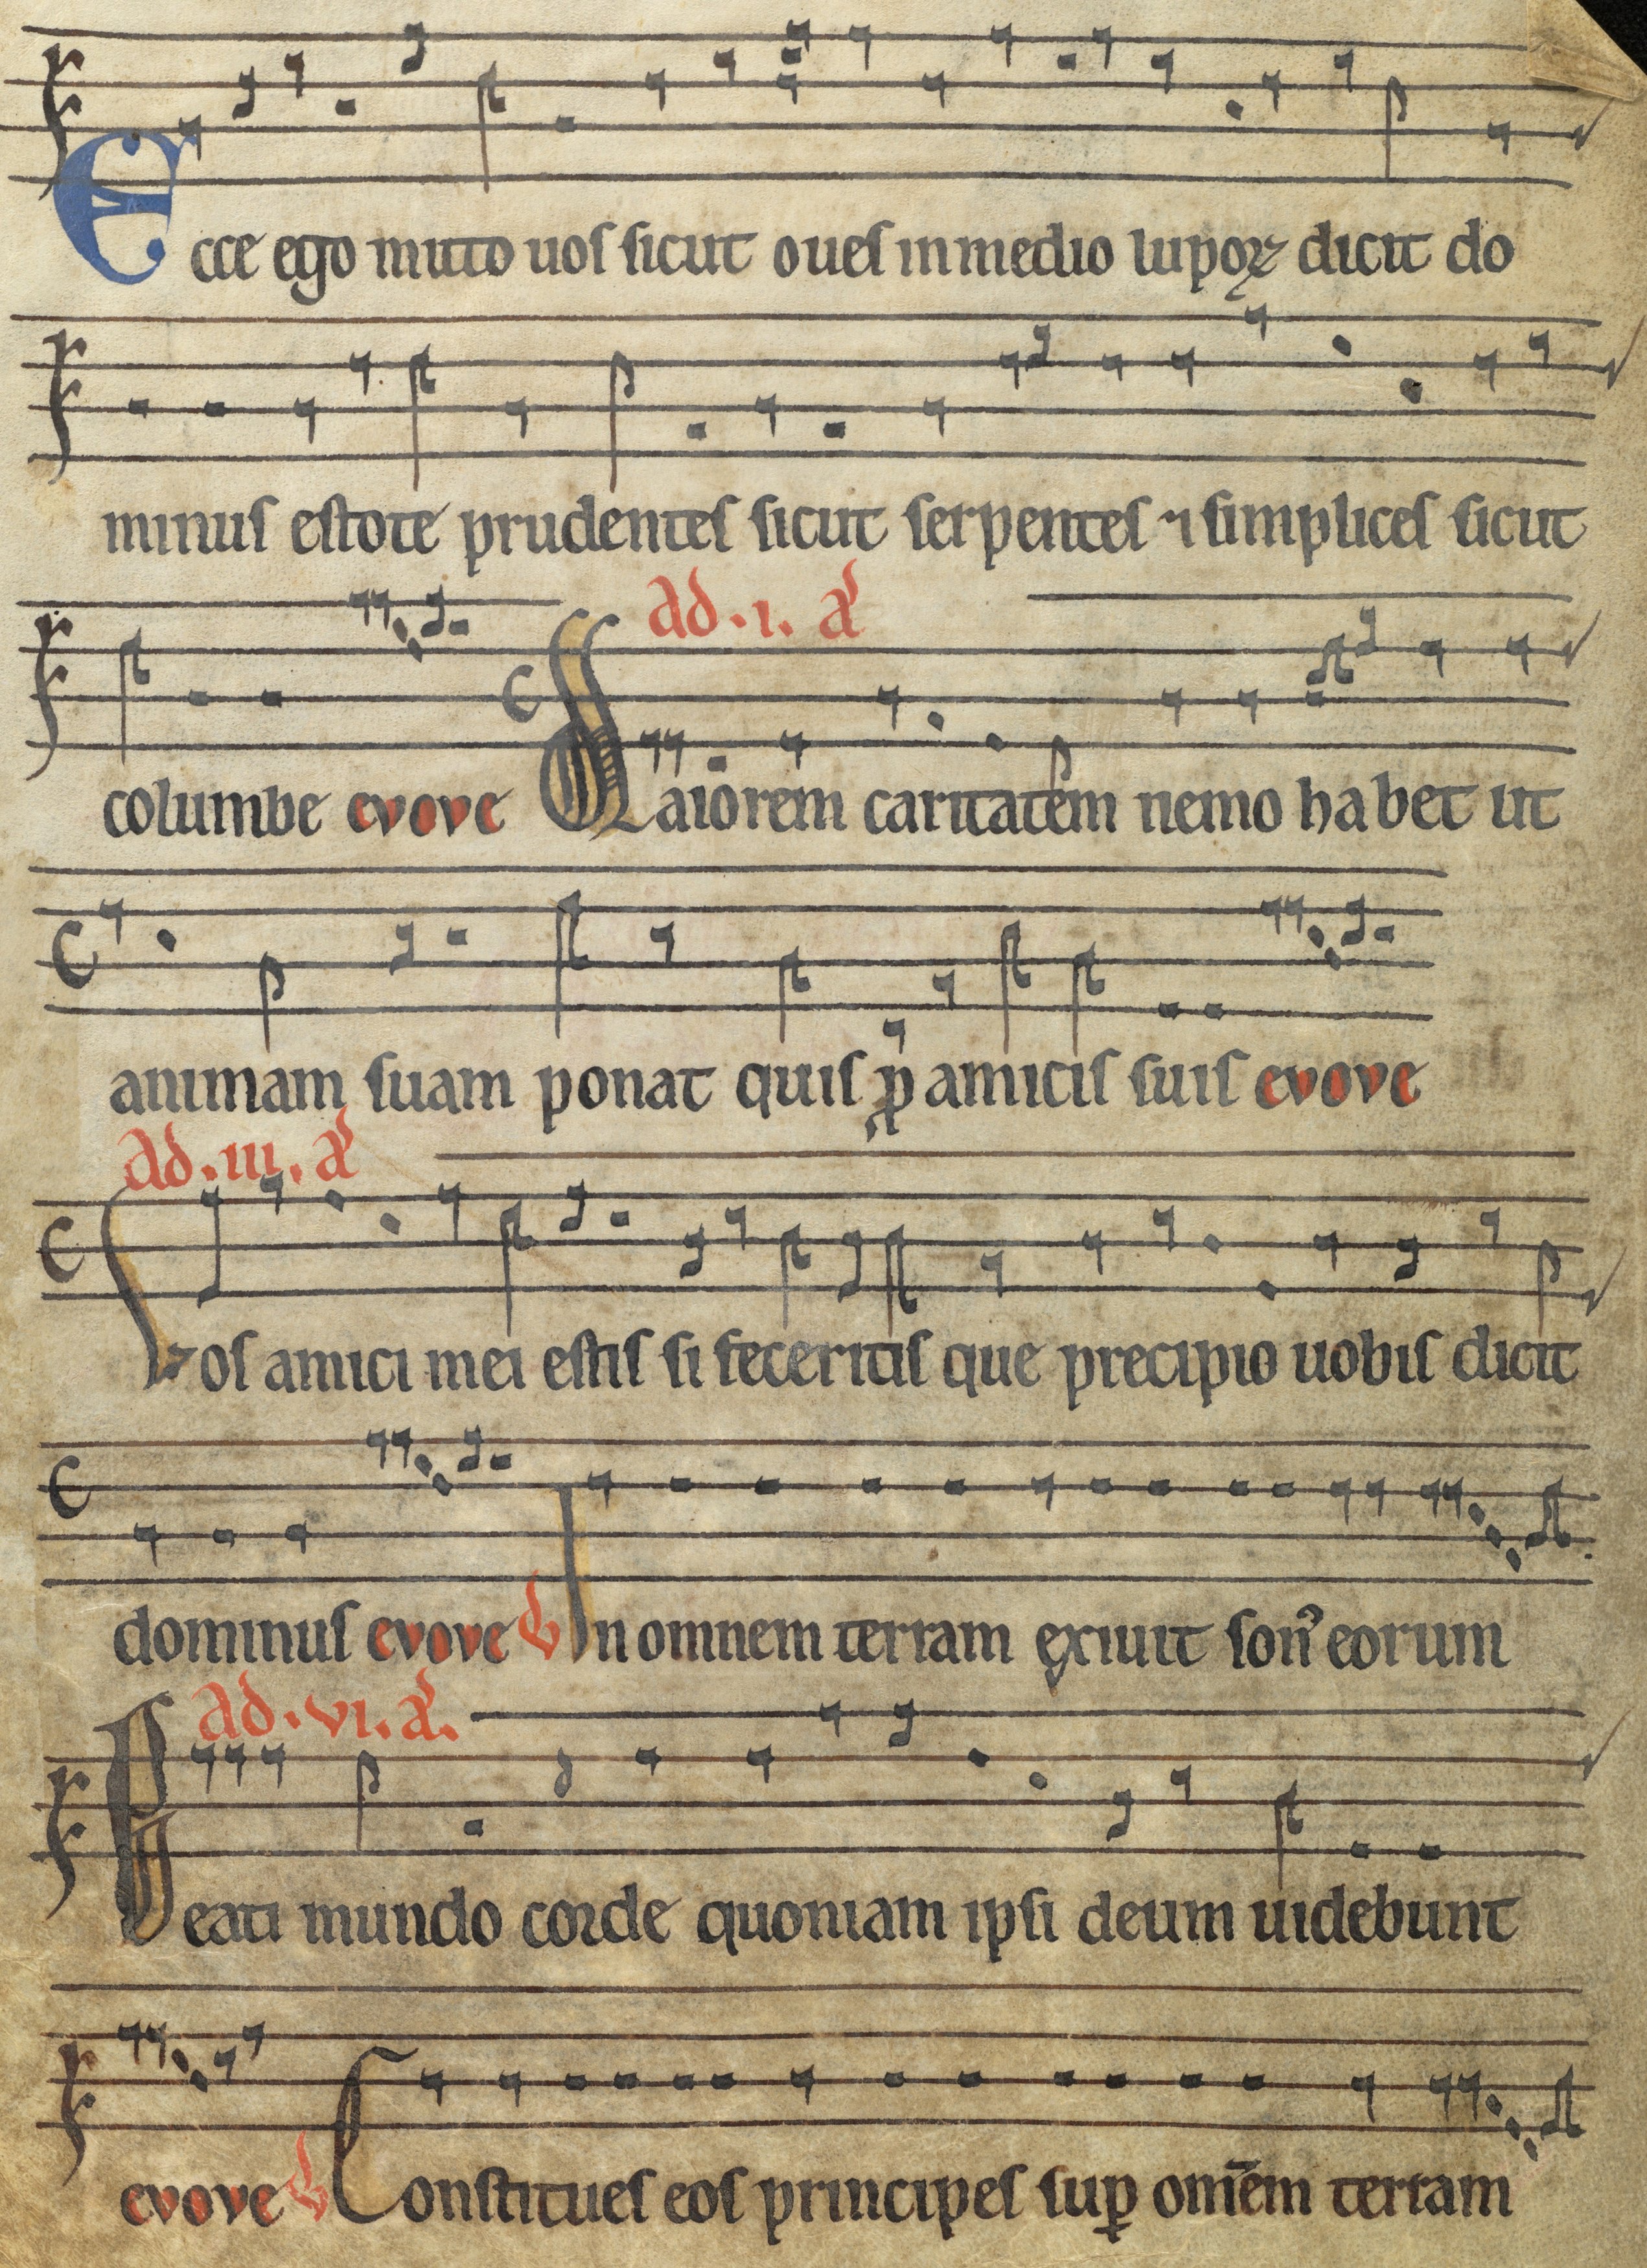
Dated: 1185–1215